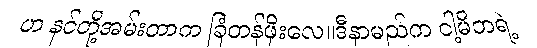
ဟ နင်တို့အမ်းတာက ခြံတန်ဖိုးလေ။ဒီနာမည်က ငါ့မိဘရဲ့